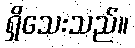
ရှိသေးသည်။